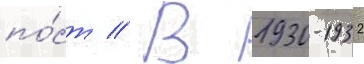
по́ст // В 1930-1932